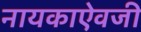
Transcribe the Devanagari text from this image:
नायकाऐवजी